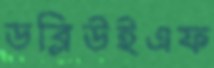
ডব্লিউইএফ